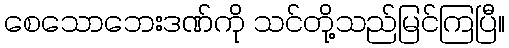
စေသောဘေးဒဏ်ကို သင်တို့သည်မြင်ကြပြီ။